Source: Handwritten
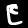
Digit: ၉ (9)